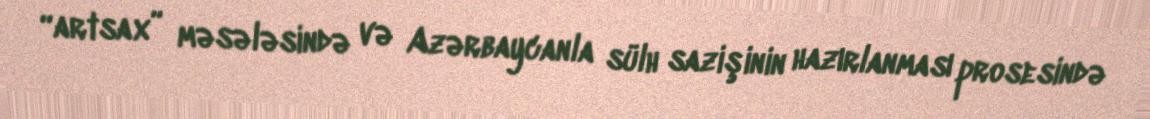
“artsax” məsələsində və Azərbaycanla sülh sazişinin hazırlanması prosesində